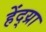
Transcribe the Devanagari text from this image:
हेंद्य्रा